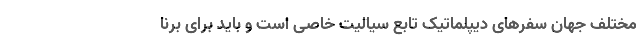
مختلف جهان سفرهای دیپلماتیک تابع سیالیت خاصی است و باید برای برنا